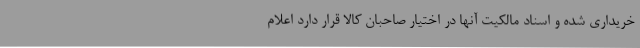
خریداری شده و اسناد مالکیت آنها در اختیار صاحبان کالا قرار دارد اعلام